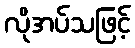
လိုအပ်သဖြင့်